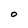
Character: O